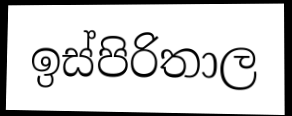
ඉස්පිරිතාල